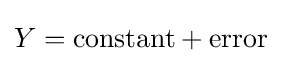
Y={\text{constant}}+{\text{error}}